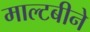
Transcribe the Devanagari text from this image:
माल्टबीने